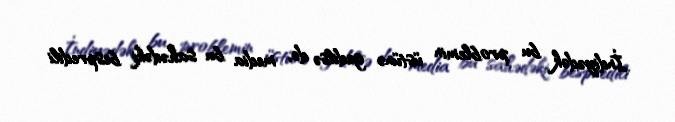
İndiyədək bu problemin üstünə gedilsə də, media bu sahədəki bespredili